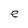
Character: e